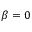
\beta = 0